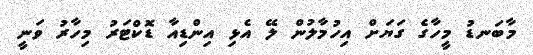
މާބަނޑު މީހާގެ ގަޔަށް އިހުމާލުން ލޭ އެޅި އިންޑިއާ ޑޮކްޓަރު މިހާރު ވަނީ